Annual statistical returns and brief notes on vaccination in Bengal - 1909-1929
Year: 1909
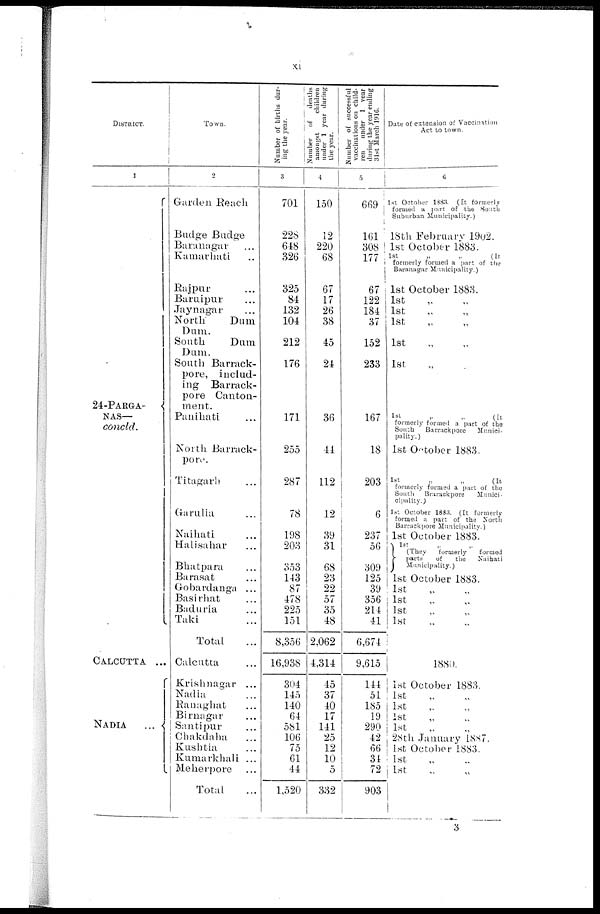
xi
DISTRICT.
1
24-PARGA-
NAS—
concld.
CALCUTTA
...
NADIA
...
Town.
2
Garden Reach
Badge Budge
Baranagar ...
Kumarhati ...
Rajpur
...
Baruipur ...
Jaynagar ...
North
Dum
Dum.
South
Dum.
Dum.
South Barrack-
pore, includ-
ing Barrack-
pore Canton-
-----
Panihati ...
North Barrack-
pore.
Titagarh ...
Garulia ...
Naihati ...
Halisahar ...
Bhatpara ...
Barasat ...
Gobardanga ...
Basirhat ...
Baduria ...
Taki ...
Total
Calcutta ...
Krishnagar ...
Nadia ...
Ranagbat ...
Birnagar ...
Santipur ...
Chakdaha ...
Kushtia ...
Kumarkhali ...
Meherpore ...
Total
Number of births dur-
ing the year.
3
701
228
648
326
325
84
132
104
212
176
171
255
287
78
198
203
353
143
87
478
225
151
8,356
16,938
304
145
140
64
581
106
75
61
44
1,520
Number of
deaths
amongst
children
under 1 year during
the year.
4
150
12
220
68
67
17
26
38
45
24
36
44
112
12
39
31
68
23
22
57
35
48
2,062
4,314
45
37
40
17
141
25
12
10
5
332
Number of successful
vaccinations on child-
ren
under 1 year
during the year ending
31st March 1916.
5
669
161
308
177
67
122
184
37
152
233
167
18
203
6
237
56
309
125
39
356
214
41
6,674
9,615
144
51
185
19
290
42
66
34
72
903
Date of extension or Vaccination
Act to town.
6
1st October 1883. (It formerly
formed a part of the South
Suburban Municipality.)
18th February 1902.
1st October 1883.
1st
„
„
(It
formerly formed a part of the
Baranagar Municipality.)
1st October 1883.
1st „ „
1st „ „
1st „ „
1st „ „
1st „ „
1st
„
„
(It
formerly formed a part of the
South Barrackpore
Munici-
pality.)
1st October 1883.
1st
„
„
(It
formerly formed a part of the
South Brarackpore
Munici-
cipality.)
1st October 1883. (It formerly
formed a part of the North
Barrackpore Municipality.)
1st October 1883.
1st
(They
formerly
formed
parts
of
the
Naihati
Municipality.)
1st October 1883.
1st „ „
1st „ „
1st „ „
1st „ „
1880.
1st October 1883.
1st „ „
1st „ „
1st „ „
1st „ „
28th January 1887.
1st October 1883.
1st
1st
3